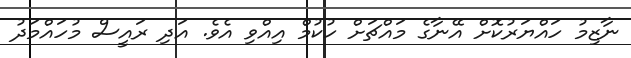
ނާޒިމު ހައްޔަރުކޮށް އޭނާގެ މައްޗަށް ހުކުމް އިއްވި އެވެ. އަދި ރައީސް މުހައްމަދު